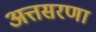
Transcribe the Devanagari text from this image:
अत्तसरणा